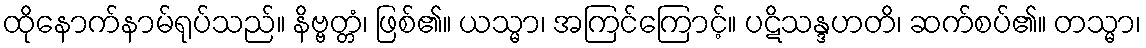
ထိုနောက်နာမ်ရုပ်သည်။ နိဗ္ဗတ္တံ၊ ဖြစ်၏။ ယသ္မာ၊ အကြင်ကြောင့်။ ပဋိသန္ဒဟတိ၊ ဆက်စပ်၏။ တသ္မာ၊